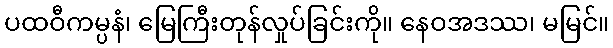
ပထဝီကမ္ပနံ၊ မြေကြီးတုန်လှုပ်ခြင်းကို။ နေဝအဒဿ၊ မမြင်။